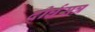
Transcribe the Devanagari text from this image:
दीर्घसत्र